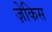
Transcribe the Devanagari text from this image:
ज़ेकिस